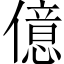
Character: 億